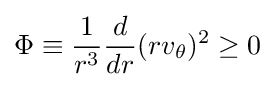
\Phi \equiv {\frac {1}{r^{3}}}{\frac {d}{dr}}(rv_{\theta })^{2}\geq 0